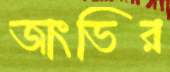
জাংভির